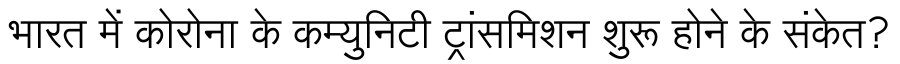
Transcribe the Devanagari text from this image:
भारत में कोरोना के कम्युनिटी ट्रांसमिशन शुरू होने के संकेत?